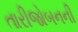
તારીજોબનની